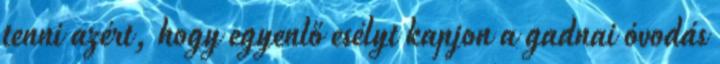
tenni azért, hogy egyenlő esélyt kapjon a gadnai óvodás